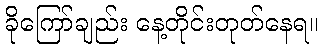
ခိုကြော်ချည်း နေ့တိုင်းတုတ်နေရ။